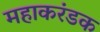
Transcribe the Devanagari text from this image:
महाकरंडक